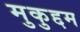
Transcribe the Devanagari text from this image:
मुकुद्दम